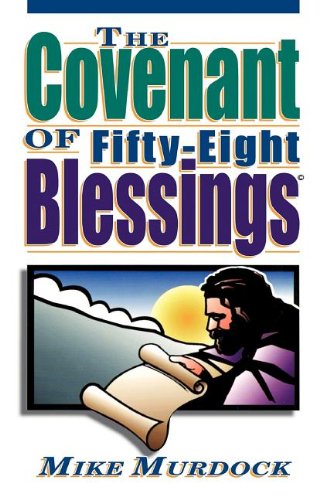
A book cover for The Covenant of Fifty-Eight Blessings; Mike Murdock; Christian Books & Bibles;